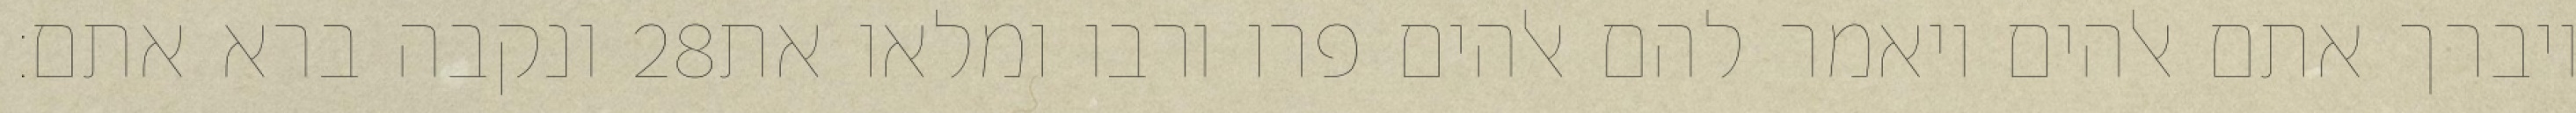
ונקבה ברא אתם׃ ‎28‏ ויברך אתם אלהים ויאמר להם אלהים פרו ורבו ומלאו את